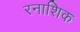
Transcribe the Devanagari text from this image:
रनाशिक